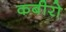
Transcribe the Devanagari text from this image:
कबीरो